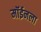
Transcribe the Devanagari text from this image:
मॉईनला